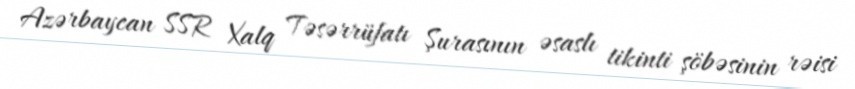
Azərbaycan SSR Xalq Təsərrüfatı Şurasının əsaslı tikinti şöbəsinin rəisi